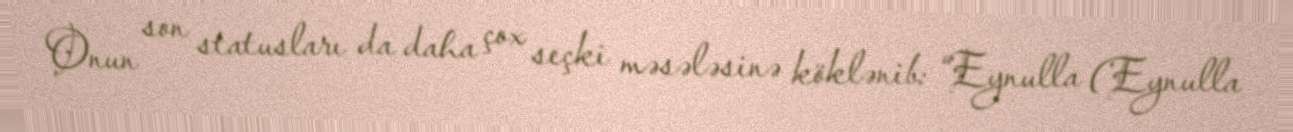
Onun son statusları da daha çox seçki məsələsinə köklənib: “Eynulla (Eynulla